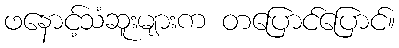
ဖနောင့်သံဆူးများက တပြောင်ပြောင်။